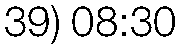
39) 08:30